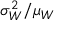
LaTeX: \sigma _ { W } ^ { 2 } / \mu _ { W }